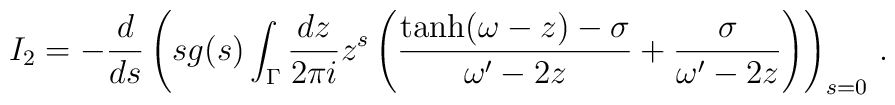
I_2=-\frac{d}{ds}\left(sg(s)\int_\Gamma\frac{dz}{2\pi i}z^s\left(\frac{\tanh(\omega-z)-\sigma}{\omega^\prime-2z}+\frac{\sigma}{\omega^\prime-2z}\right)\right)_{s=0}\,.